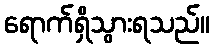
ရောက်ရှိသွားရသည်။